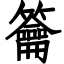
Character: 籥